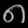
Digit: ၈